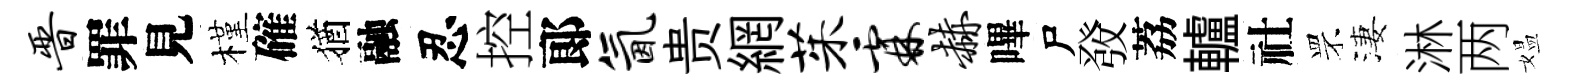
晋罪見槿確猶融忍控郞氤贵網茱霖赫嗶尸𤼲荔轤社罘淒淋两媪